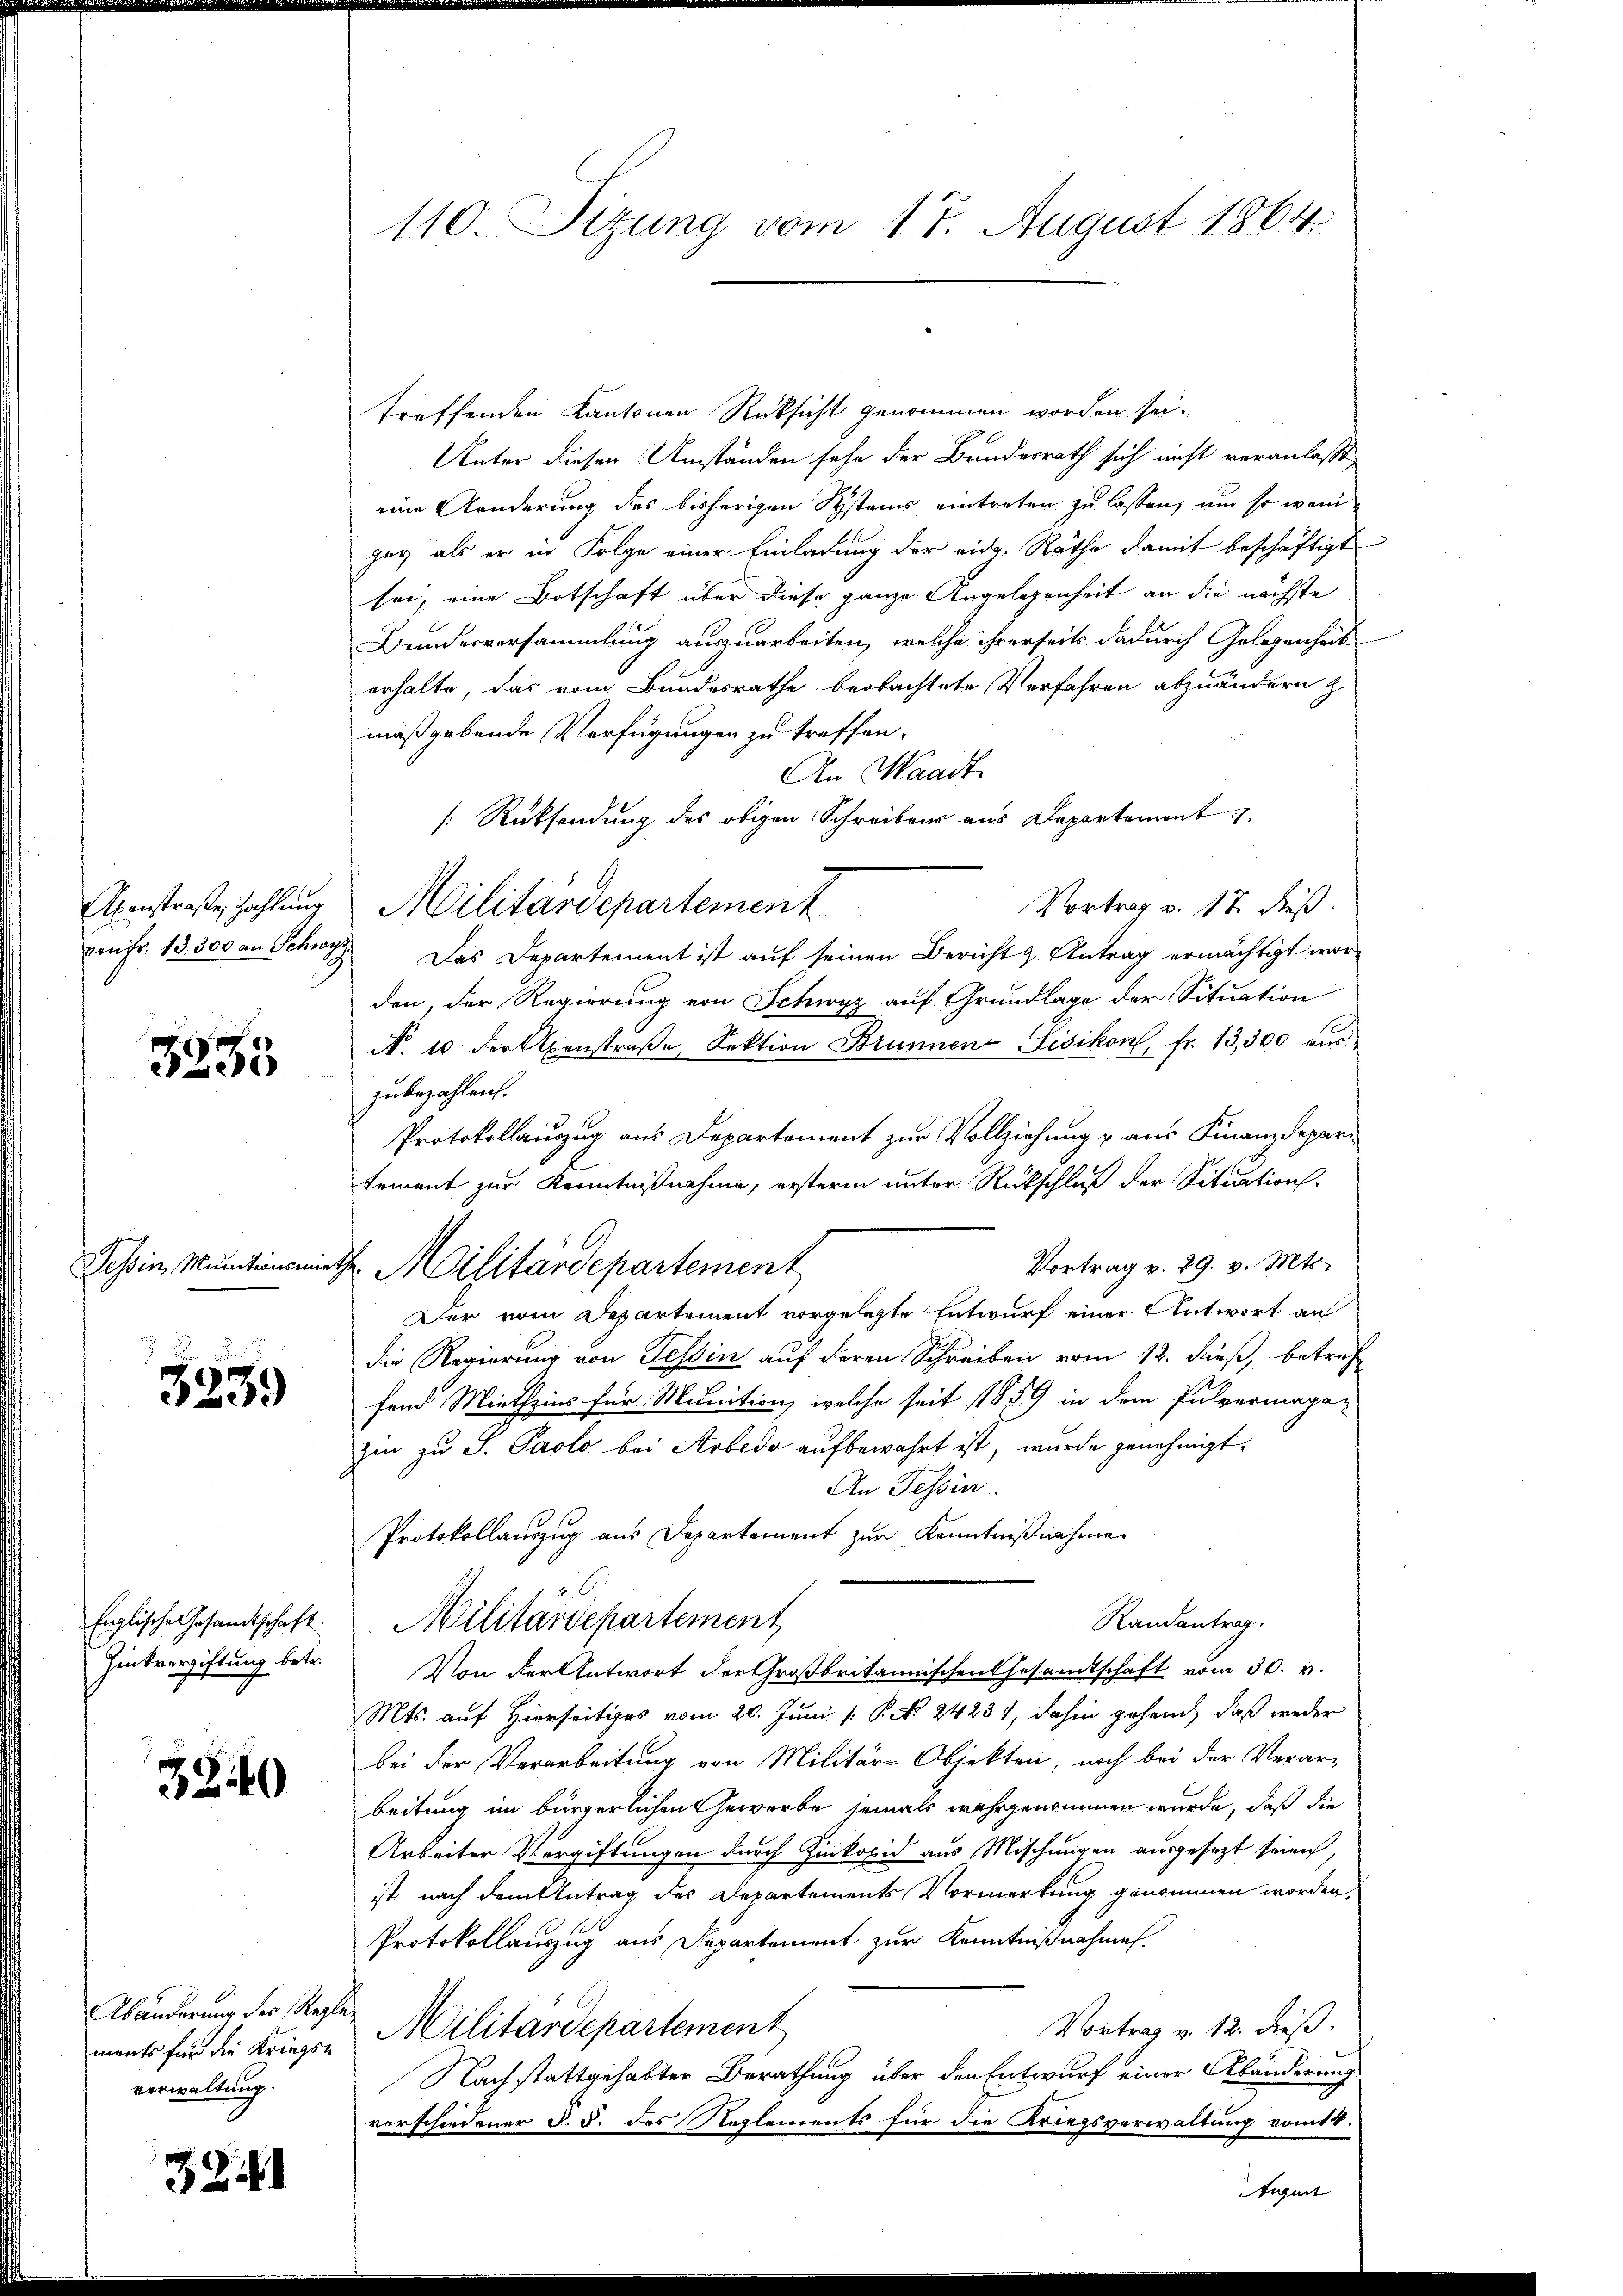
3233

3239

3840

Abänderung der Regleverwaltung.

3241

110. Sizung vom 17. August 1864

treffenden Kantonen Rücksicht genommen worden sei.
Unter diesen Umständen sehe der Bundesrath sich nicht veranlaßt,
eine Aenderung des bisherigen Systems eintreten zu lassen, um so weni
geg als er in Folge einer Einladung der eidg. Räthe damit beschäftigt
sei, eine Botschaft über diese ganze Angelegenheit an die nächste
Bundesversammlung auszuarbeiten, welche ihrerseits dadurch Gelegenheit
erhalte, das vom Bundesrathe beobachtete Verfahren abzuändern z
maßgebende Verfügungen zu treffen.
An Waadt
[Rücksendung des obigen Schreibens aus Departement
Vortrag v. 17. dieß.
von Fr. 13,300 an Schwyz. Das Departement ist auf seinen Bericht & Antrag ermächtigt worden, der Regierung von Schwyz auf Grundlage der Situation
No. 10 der Axenstraβe, Sektion Brunnen Tisikon, fr. 13,300 aŭs
zubezahlen.
Protokollauzug aus Departement zur Vollziehung u. aus Finanzdepartement zur Kenntnißnahme, ersteren unter Rückschluß der Situation
Vortrag v. 29. v. Mts.
Tessin, Munitionsmiethe Militärdepartement
Der vom Departement vorgelegte Entwurf einer Antwort an
die Regierung von Tessin auf deren Schreiben vom 12. dieß, betref
fend Miethzins für Monition, welche seit 1889 in dem Pulvermaga-
zin zu S. Paolo bei Arbedo aufbewahrt ist, wurde genehmigt.
An Tessin
Protokollauszug aus Departement zur Kenntnißnahme
2
Randantrag.
Englische Gesandtschaft. Militärdepartement
Hinkvergiftung betr. Von der Antwort der Großbritannischen Gesandtschaft vom 30. v.
Mts. auf Hierseitiges vom 20. Juni [ P. Nr. 24237, dahin gehend, daß weder
bei der Verarbeitung von Militär-Objekten, noch bei der Verar-
beitung im bürgerlichen Gewerbe jemals wahrgenommen wurde, daß die
Arbeiter Vergiftungen durch Zinkopid aus Mischungen ausgesetzt seien,
ist nach dem Antrag des Departements Vormerkung genommen worden,
Protokollauszug aus Departement zur Kenntnißnahmen.
Vortrag v. 12. dieß.
ments für die Kriegse Militärdepartement
Nachstattgehabter Berathung über den Entwurf einer Abänderung
vorschiedener §. §. des Reglements für die Kriegsverwaltung vom 14.

Axenstraße Zahlung Militärdepartement

e